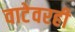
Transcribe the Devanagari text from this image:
वाटेवरही